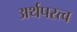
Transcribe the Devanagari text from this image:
अर्थपरत्व